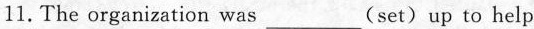
11.The organization was ___ (set)up to help